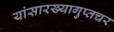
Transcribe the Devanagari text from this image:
यांसारख्यागुप्तचर